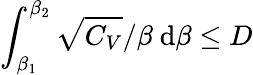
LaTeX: \int_{\beta_{1}}^{\beta_{2}}\sqrt{C_{V}}/\beta~\mathrm d\beta\leq D